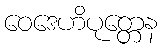
ဝေဒေဟိပုတ္တေန